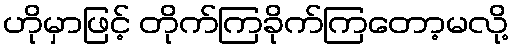
ဟိုမှာဖြင့် တိုက်ကြခိုက်ကြတော့မလို့